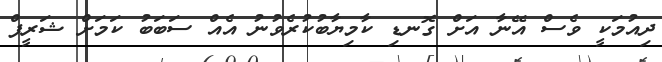
ދިއުމަކީ ވެސް އޭނާ އަށް ގޮނޑި ކާމިޔާބުކުރެވުނު އެއް ސަބަބު ކަމަށް ޝަރީފް